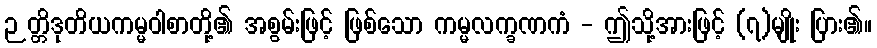
ဉတ္တိဒုတိယကမ္မဝါစာတို့၏ အစွမ်းဖြင့် ဖြစ်သော ကမ္မလက္ခဏကံ - ဤသို့အားဖြင့် (၇)မျိုး ပြား၏။